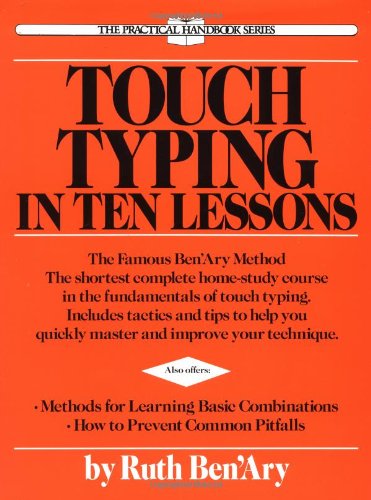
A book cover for Touch Typing in Ten Lessons (The Practical handbook series); Ruth Ben'ary; Business & Money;